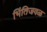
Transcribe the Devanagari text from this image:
भिंतिजवळ